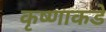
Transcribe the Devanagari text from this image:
कृष्णाकडे